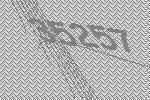
35257